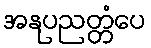
အနုပညတ္တံပေ